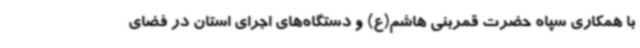
با همکاری سپاه حضرت قمربنی هاشم(ع) و دستگاه‌های اجرای استان در فضای